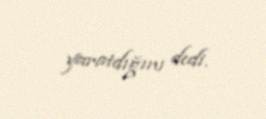
yaratdığını dedi.